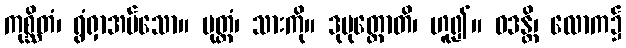
ကုစ္ဆိတံ၊ ရွံရှာအပ်သော။ ပုတ္တံ၊ သားကို။ ဒုပုတ္တောတိ၊ ဟူ၍။ ဝဒန္တိ၊ လောက၌